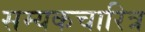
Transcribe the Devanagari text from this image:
सम्यकचारित्र